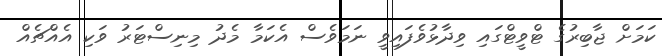
ކަމަށް ޖާބިރުގެ ޓްވީޓްގައި ވިދާޅުވެފައިވީ ނަމަވެސް އެކަމާ މެދު މިނިސްޓަރު ވަކި އެއްޗެއް